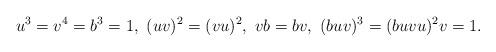
LaTeX: \begin{align*}u^3=v^4=b^3=1,\ (uv)^2=(vu)^2,\ vb=bv,\ (buv)^3=(buvu)^2v=1.\end{align*}